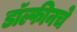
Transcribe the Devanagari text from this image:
डॉल्फीनचे